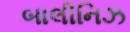
બાલીનિઝ